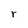
Character: r